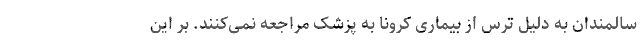
سالمندان به دلیل ترس از بیماری کرونا به پزشک مراجعه نمی‌کنند. بر این